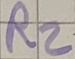
Text: R2